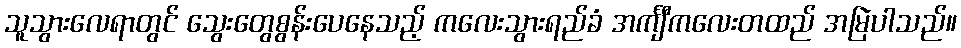
သူသွားလေရာတွင် သွေးတွေစွန်းပေနေသည့် ကလေးသွားရည်ခံ အင်္ကျီကလေးတထည် အမြဲပါသည်။